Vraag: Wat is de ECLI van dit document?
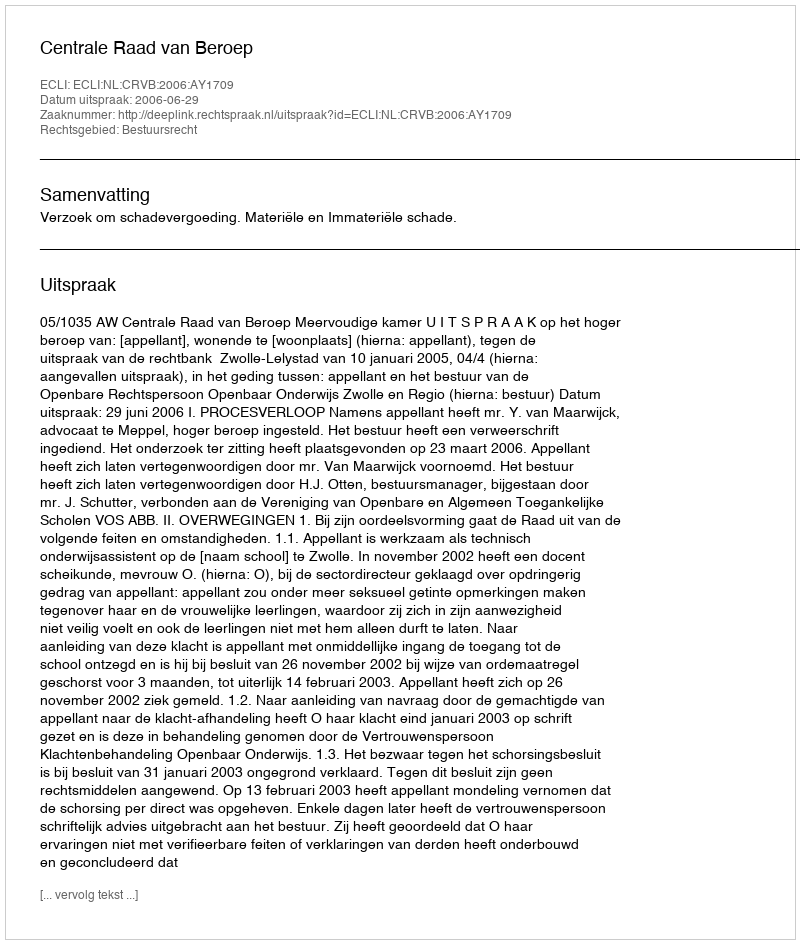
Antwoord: ECLI:NL:CRVB:2006:AY1709